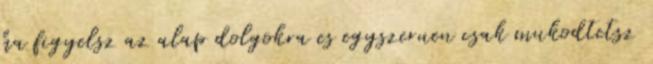
ha figyelsz az alap dolgokra es egyszeruen csak mukodtetsz